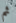
ثم